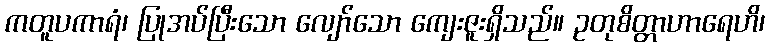
ကတူပကာရံ၊ ပြုအပ်ပြီးသော လျော်သော ကျေးဇူးရှိသည်။ ဥတုစိတ္တာဟာရေဟိ၊